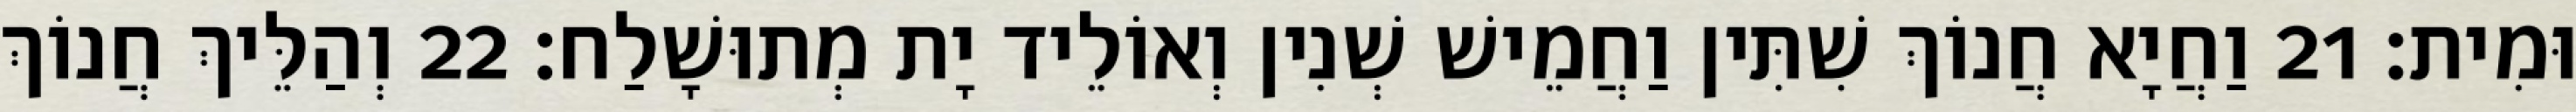
וּמִית׃ 21 וַחֲיָא חֲנוֹךְ שִׁתִּין וַחֲמֵישׁ שְׁנִין וְאוֹלֵיד יָת מְתוּשָׁלַח׃ 22 וְהַלֵּיךְ חֲנוֹךְ